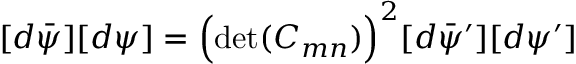
[ d \bar { \psi } ] [ d \psi ] = \Bigl ( \operatorname * { d e t } ( C _ { m n } ) \Bigr ) ^ { 2 } [ d \bar { \psi } ^ { \prime } ] [ d \psi ^ { \prime } ]